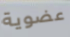
عضوية